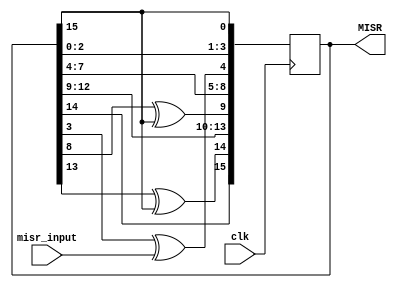
`timescale 1ns/1ps

module MISR_16bits(
  input clk,
  input misr_input,
  output reg [15:0] MISR = 65535
);
	
	wire feedback = MISR[15];
	
	always @(posedge clk)
	begin
		MISR[0] <= feedback;
		MISR[1] <= MISR[0];
		MISR[2] <= MISR[1];
		MISR[3] <= MISR[2];
		MISR[4] <= MISR[3] ^  misr_input;
		MISR[5] <= MISR[4];
		MISR[6] <= MISR[5];
		MISR[7] <= MISR[6];
		MISR[8] <= MISR[7];
		MISR[9] <= MISR[8] ^ feedback;
		MISR[10] <= MISR[9];
		MISR[11] <= MISR[10];
		MISR[12] <= MISR[11];
		MISR[13] <= MISR[12];
		MISR[14] <= MISR[13] ^ feedback;
		MISR[15] <= MISR[14];
	end
endmodule